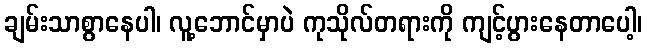
ချမ်းသာစွာနေပါ၊ လူ့ဘောင်မှာပဲ ကုသိုလ်တရားကို ကျင့်ပွားနေတာပေါ့၊